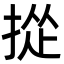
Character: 㧿